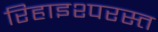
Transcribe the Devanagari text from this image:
रिहाइश्परस्त